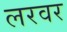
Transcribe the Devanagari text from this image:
लरवर